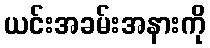
ယင်းအခမ်းအနားကို